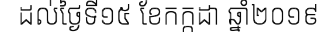
ដល់ថ្ងៃទី១៥ ខែកក្កដា ឆ្នាំ២០១៩